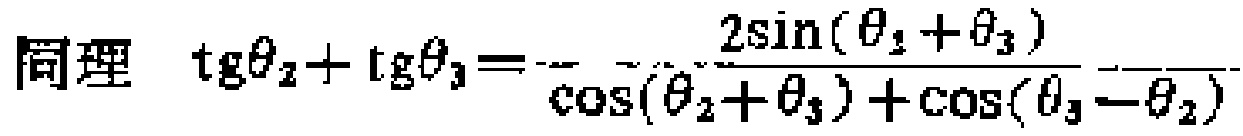
同理 \(\text{tg}\theta_{2}+\text{tg}\theta_{3}=\frac{2\sin(\theta_{2}+\theta_{3})}{\cos(\theta_{2}+\theta_{3})+\cos(\theta_{3}-\theta_{2})}\)